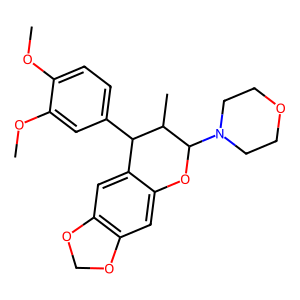
SMILES: COc1ccc(C2c3cc4c(cc3OC(N3CCOCC3)C2C)OCO4)cc1OC
Inhibits HIV replication: No